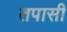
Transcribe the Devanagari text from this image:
तपासी